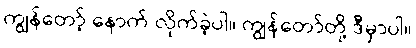
ကျွန်တော့် နောက် လိုက်ခဲ့ပါ။ ကျွန်တော်တို့ ဒီမှာပါ။